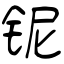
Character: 铌